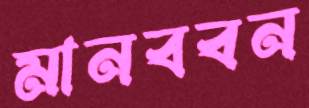
মানববন